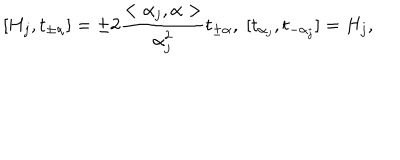
[ H _ { j } , t _ { \pm \alpha } ] = \pm 2 \frac { < \alpha _ { j } , \alpha > } { \alpha _ { j } ^ { 2 } } t _ { \pm \alpha } , \; [ t _ { \alpha _ { j } } , t _ { - \alpha _ { j } } ] = H _ { j } ,